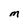
Character: M